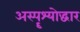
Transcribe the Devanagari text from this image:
अस्पॄश्योद्धार